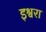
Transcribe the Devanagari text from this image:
इश्वरा